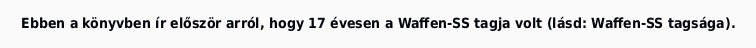
Ebben a könyvben ír először arról, hogy 17 évesen a Waffen-SS tagja volt (lásd: Waffen-SS tagsága).